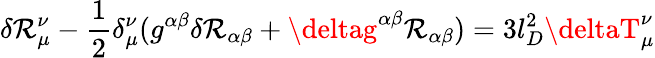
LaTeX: \delta\mathcal{R}_{\mu}^{\nu}-\frac{{1}}{{2}}\delta_{\mu}^{\nu}(g^{\alpha\beta}\delta\mathcal{R}_{\alpha\beta}+\deltag^{\alpha\beta}\mathcal{R}_{\alpha\beta})=3l_{D}^{2}\deltaT_{\mu}^{\nu}